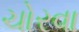
ચોરવા